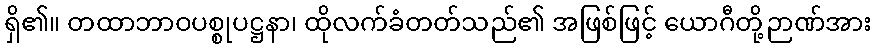
ရှိ၏။ တထာဘာဝပစ္စုပဋ္ဌနာ၊ ထိုလက်ခံတတ်သည်၏ အဖြစ်ဖြင့် ယောဂီတို့ဉာဏ်အား